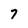
Character: 7